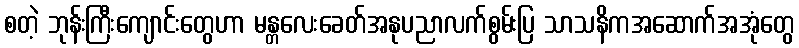
စတဲ့ ဘုန်းကြီးကျောင်းတွေဟာ မန္တလေးခေတ်အနုပညာလက်စွမ်းပြ သာသနိကအဆောက်အအုံတွေ